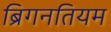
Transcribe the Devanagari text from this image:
ब्रिगनतियम